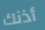
أذنك